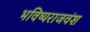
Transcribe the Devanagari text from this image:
भविष्यराजवंश